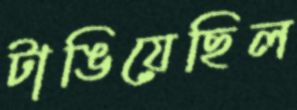
টাঙিয়েছিল